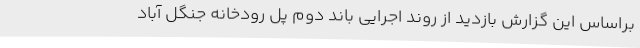
براساس این گزارش بازدید از روند اجرایی باند دوم پل رودخانه جنگل آباد